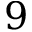
9